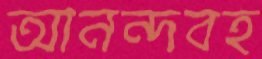
আনন্দবহ